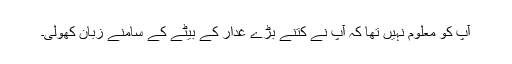
آپ کو معلوم نہیں تھا کہ آپ نے کتنے بڑے غدار کے بیٹے کے سامنے زبان کھولی۔